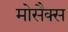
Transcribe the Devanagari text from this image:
मोसैक्स